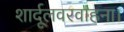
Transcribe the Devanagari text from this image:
शार्दूलवरवाहना।